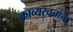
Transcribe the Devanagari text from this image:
काव्यरचनांना